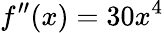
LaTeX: f^{\prime\prime}(x)=30x^{4}